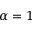
\alpha = 1